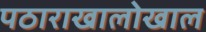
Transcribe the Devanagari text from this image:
पठाराखालोखाल